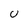
Character: U